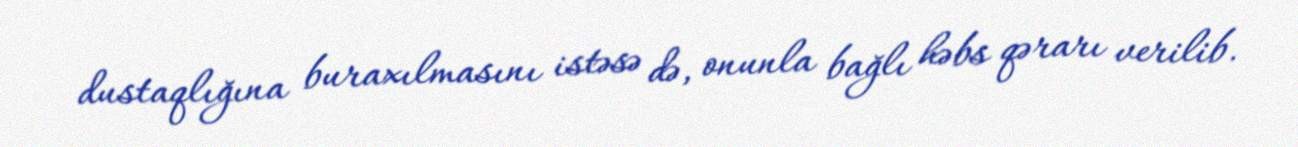
dustaqlığına buraxılmasını istəsə də, onunla bağlı həbs qərarı verilib.